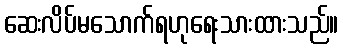
ဆေးလိပ်မသောက်ရဟုရေးသားထားသည်။